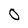
Character: 0